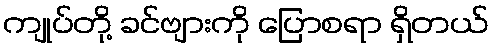
ကျုပ်တို့ ခင်ဗျားကို ပြောစရာ ရှိတယ်